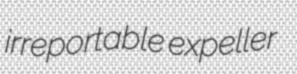
irreportable expeller